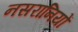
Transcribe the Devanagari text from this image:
नसरानियों